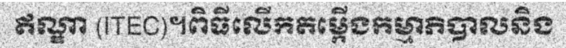
ឥណ្ឌា (ITEC)។ពិធីលើកតម្កើងកម្មាភិបាលនិង